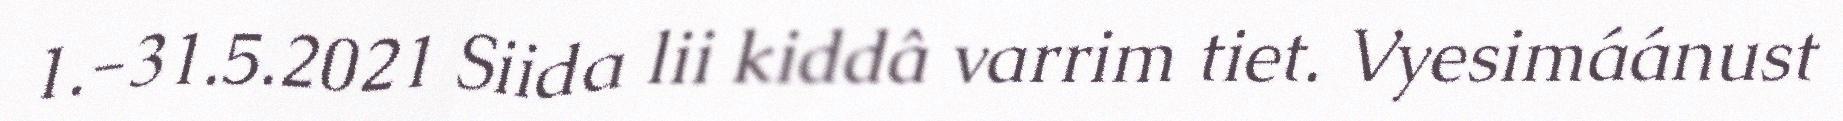
1.-31.5.2021 Siida lii kiddâ varrim tiet. Vyesimáánust